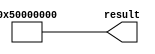
// megafunction wizard: %LPM_CONSTANT%
// GENERATION: STANDARD
// VERSION: WM1.0
// MODULE: lpm_constant 

// ============================================================
// Megafunction Name(s):
// 			lpm_constant
//
// Simulation Library Files(s):
// 			
// ============================================================
// ************************************************************
// THIS IS A WIZARD-GENERATED FILE. DO NOT EDIT THIS FILE!
//
// 8.1 Build 163 10/28/2008 SJ Full Version
// ************************************************************


//Copyright (C) 1991-2008 Altera Corporation
//Your use of Altera Corporation's design tools, logic functions 
//and other software and tools, and its AMPP partner logic 
//functions, and any output files from any of the foregoing 
//(including device programming or simulation files), and any 
//associated documentation or information are expressly subject 
//to the terms and conditions of the Altera Program License 
//Subscription Agreement, Altera MegaCore Function License 
//Agreement, or other applicable license agreement, including, 
//without limitation, that your use is for the sole purpose of 
//programming logic devices manufactured by Altera and sold by 
//Altera or its authorized distributors.  Please refer to the 
//applicable agreement for further details.


//lpm_constant CBX_AUTO_BLACKBOX="ALL" ENABLE_RUNTIME_MOD="NO" LPM_CVALUE=50000000 LPM_WIDTH=32 result
//VERSION_BEGIN 8.1 cbx_lpm_constant 2008:05:19:10:45:59:SJ cbx_mgl 2008:08:08:15:16:18:SJ  VERSION_END
// synthesis VERILOG_INPUT_VERSION VERILOG_2001
// altera message_off 10463


//synthesis_resources = 
//synopsys translate_off
`timescale 1 ps / 1 ps
//synopsys translate_on
module  const_test_lpm_constant_019
	( 
	result) ;
	output   [31:0]  result;


	assign
		result = 32'b01010000000000000000000000000000;
endmodule //const_test_lpm_constant_019
//VALID FILE


// synopsys translate_off
`timescale 1 ps / 1 ps
// synopsys translate_on
module const_test (
	result);

	output	[31:0]  result;

	wire [31:0] sub_wire0;
	wire [31:0] result = sub_wire0[31:0];

	const_test_lpm_constant_019	const_test_lpm_constant_019_component (
				.result (sub_wire0));

endmodule

// ============================================================
// CNX file retrieval info
// ============================================================
// Retrieval info: PRIVATE: INTENDED_DEVICE_FAMILY STRING "Stratix II"
// Retrieval info: PRIVATE: JTAG_ENABLED NUMERIC "0"
// Retrieval info: PRIVATE: JTAG_ID STRING "NONE"
// Retrieval info: PRIVATE: Radix NUMERIC "10"
// Retrieval info: PRIVATE: SYNTH_WRAPPER_GEN_POSTFIX STRING "0"
// Retrieval info: PRIVATE: Value NUMERIC "1342177280"
// Retrieval info: PRIVATE: nBit NUMERIC "32"
// Retrieval info: CONSTANT: LPM_CVALUE NUMERIC "1342177280"
// Retrieval info: CONSTANT: LPM_HINT STRING "ENABLE_RUNTIME_MOD=NO"
// Retrieval info: CONSTANT: LPM_TYPE STRING "LPM_CONSTANT"
// Retrieval info: CONSTANT: LPM_WIDTH NUMERIC "32"
// Retrieval info: USED_PORT: result 0 0 32 0 OUTPUT NODEFVAL result[31..0]
// Retrieval info: CONNECT: result 0 0 32 0 @result 0 0 32 0
// Retrieval info: LIBRARY: lpm lpm.lpm_components.all
// Retrieval info: GEN_FILE: TYPE_NORMAL const_test.v TRUE
// Retrieval info: GEN_FILE: TYPE_NORMAL const_test.inc FALSE
// Retrieval info: GEN_FILE: TYPE_NORMAL const_test.cmp FALSE
// Retrieval info: GEN_FILE: TYPE_NORMAL const_test.bsf TRUE
// Retrieval info: GEN_FILE: TYPE_NORMAL const_test_inst.v FALSE
// Retrieval info: GEN_FILE: TYPE_NORMAL const_test_bb.v FALSE